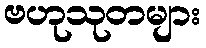
ဗဟုသုတများ